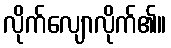
လိုက်လျောလိုက်၏။